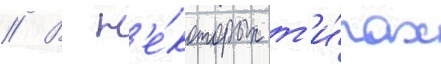
// В н'е́которых т'и́пах